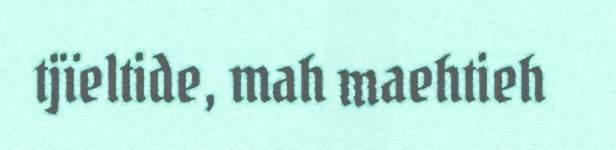
tjïeltide, mah maehtieh